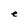
Character: e